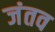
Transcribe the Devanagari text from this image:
जंतव